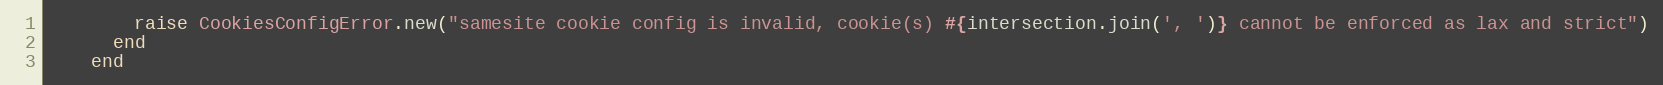
Language: Ruby
        raise CookiesConfigError.new("samesite cookie config is invalid, cookie(s) #{intersection.join(', ')} cannot be enforced as lax and strict")
      end
    end